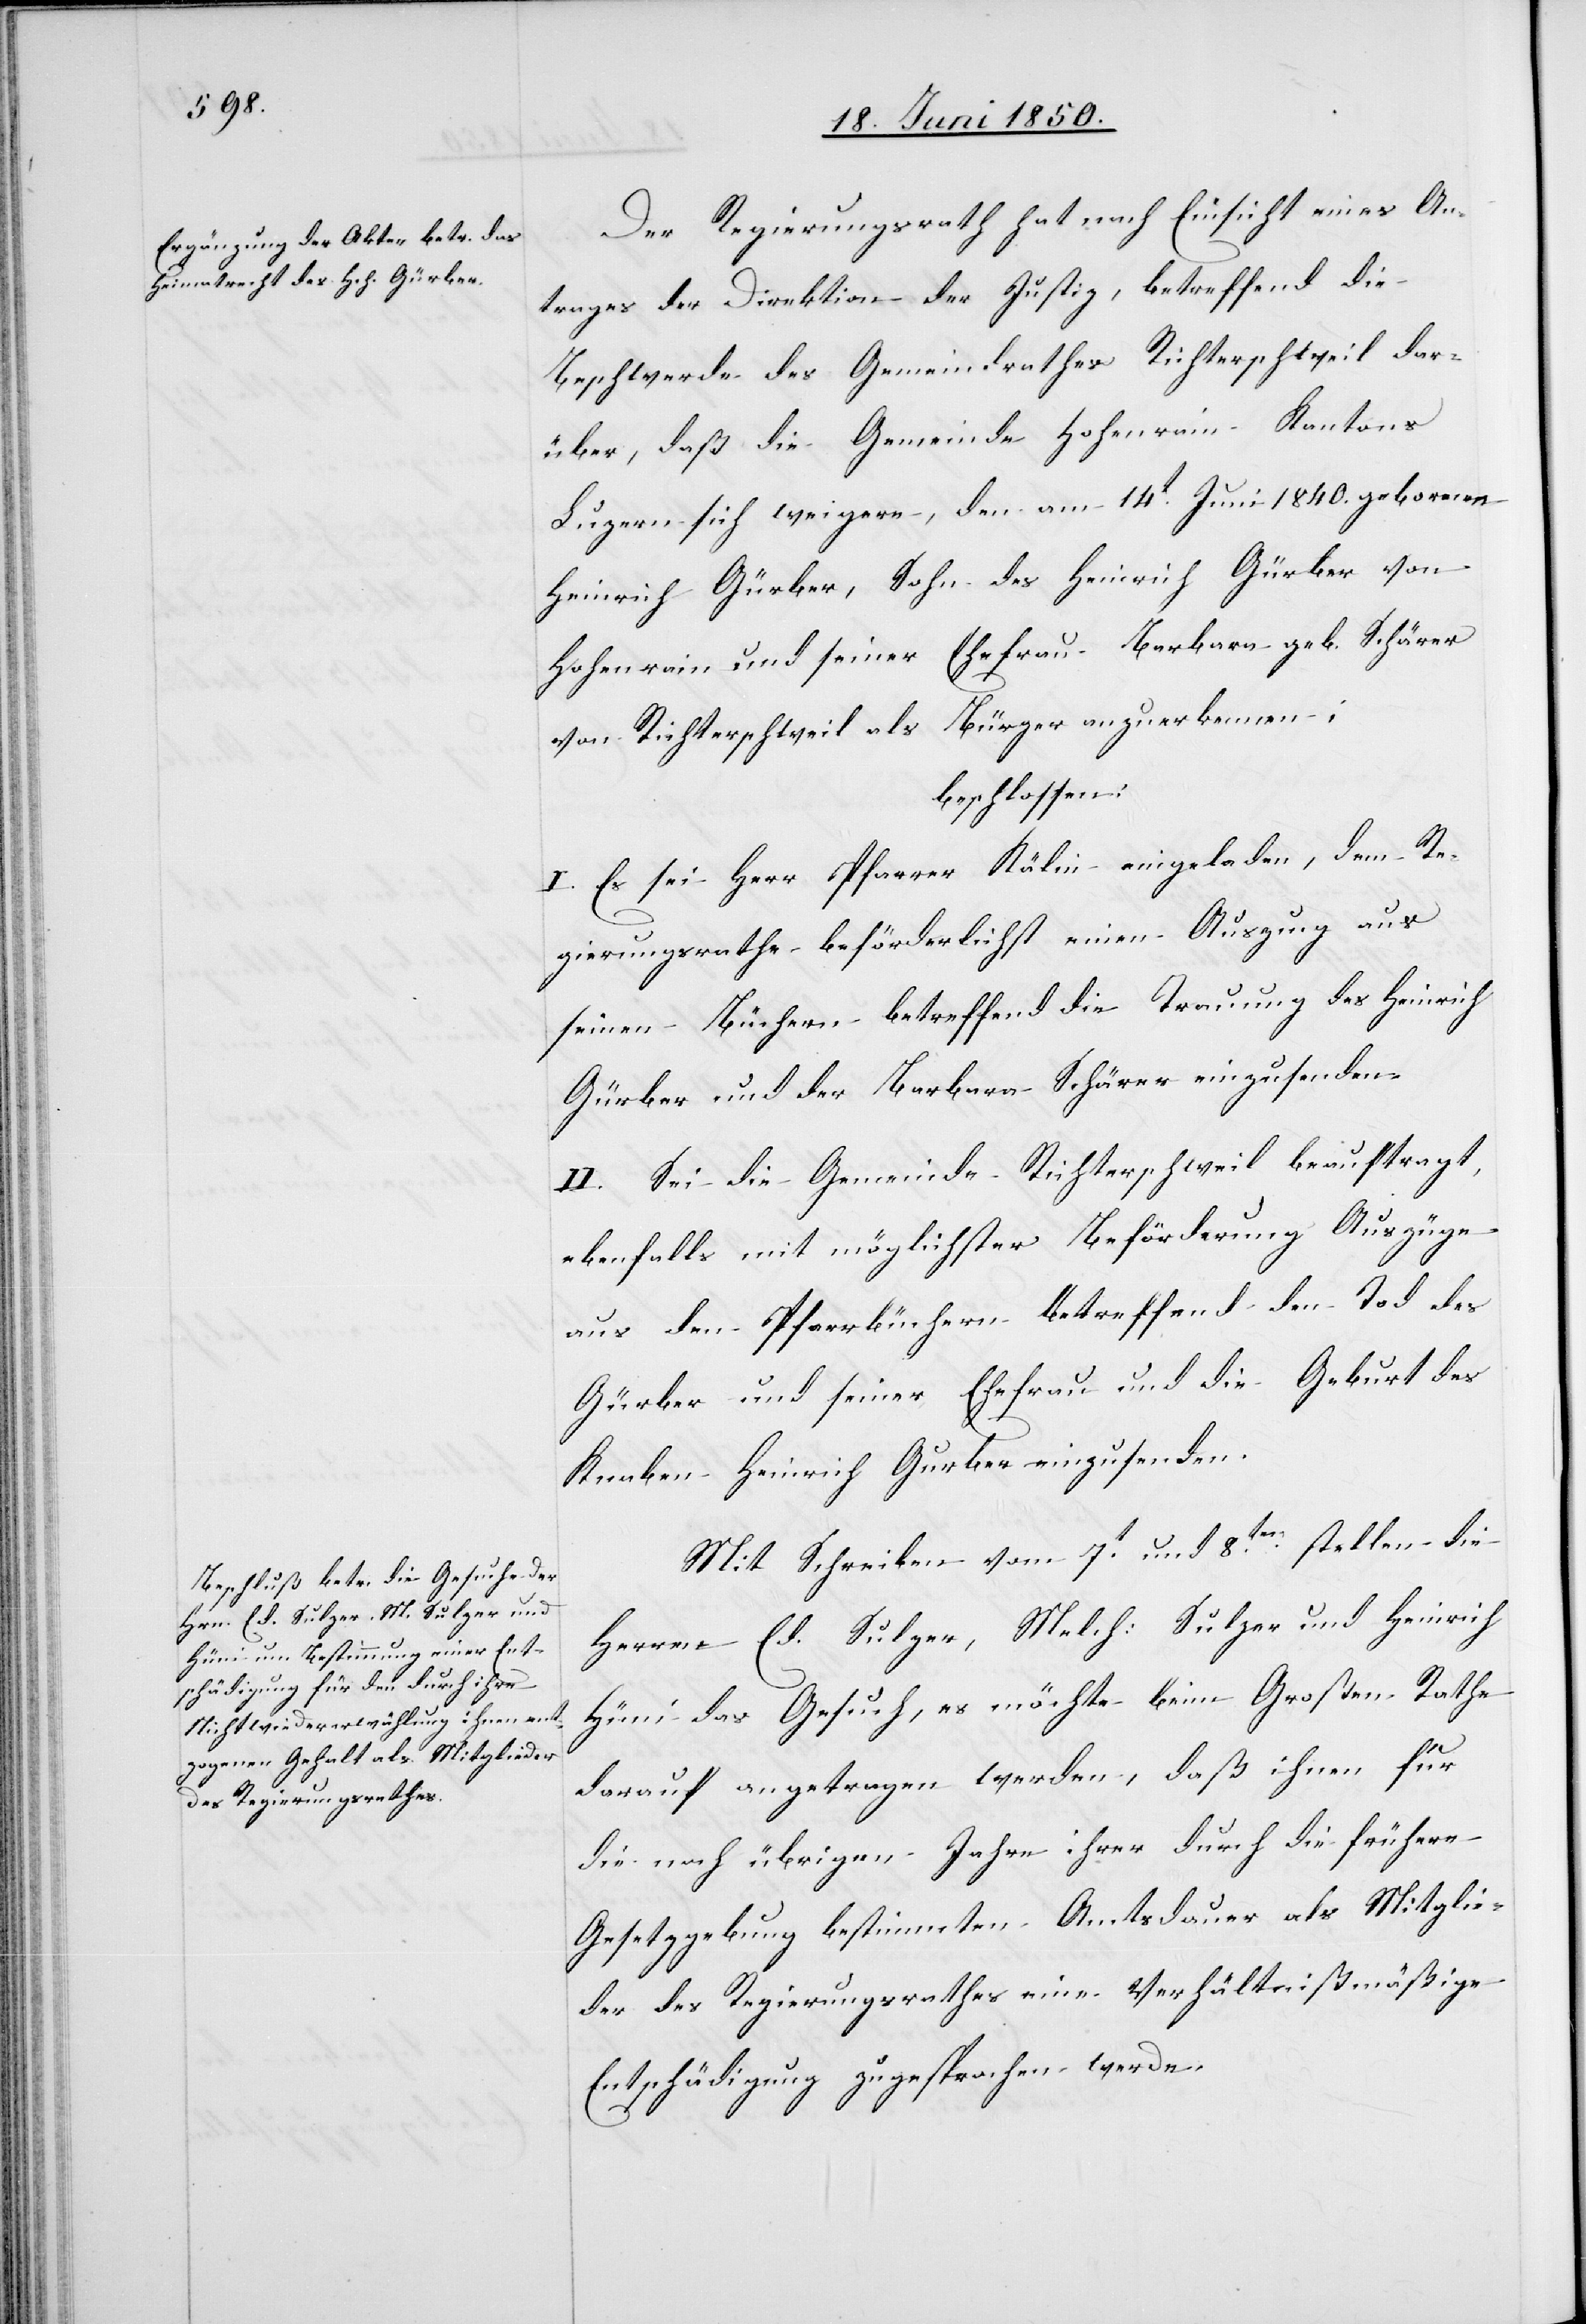
Der Regierungsrath hat nach Einsicht eines An¬
trages der Direktion der Justiz, betreffend die
Beschwerde des Gemeindrathes Richterschweil dar¬
über, daß die Gemeinde Hohenrain Kantons
Luzern sich weigere, den am 14t Juni 1840. gebornen
Heinrich Gürber, Sohn des Heinrich Gürber von
Hohenrain und seiner Ehefrau Barbara geb. Schärer
von Richterschweil als Bürger anzuerkennen;
beschlossen:
I. Es sei Herr Pfarrer Kälin eingeladen, dem Re¬
gierungsrathe beförderlichst einen Auszug aus
seinen Büchern betreffend die Trauung des Heinrich
Gürber und der Barbara Schärer einzusenden.
II. Sei die Gemeinde Richterschweil beauftragt,
ebenfalls mit möglichster Beförderung Auszüge
aus den Pfarrbüchern betreffend den Tod des
Gürber und seiner Ehefrau und die Geburt des
Knaben Heinrich Gurber [sic!] einzusenden.
Mit Schreiben vom 7t und 8ten stellen die
Herren Ed. Sulzer, Melch: Sulzer und Heinrich
Hüni das Gesuch, es möchte beim Großen Rathe
darauf angetragen werden, daß ihnen für
die noch übrigen Jahre ihrer durch die frühere
Gesetzgebung bestimmten Amtsdauer als Mitglie¬
der des Regierungsrathes eine Verhältnißmäßige
Entschädigung zugesprochen werde.